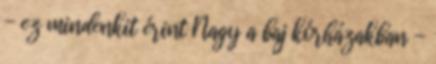
- ez mindenkit érint Nagy a baj kórházakban -